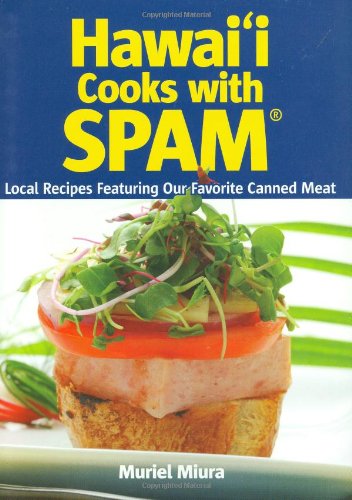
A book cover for Hawaii Cooks with Spam: Local Recipes Featuring Our Favorite Canned Meat; Muriel Miura; Cookbooks, Food & Wine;